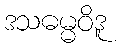
ဒသဓမ္မဝိဒူ